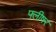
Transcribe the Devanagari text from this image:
फ्लीषर